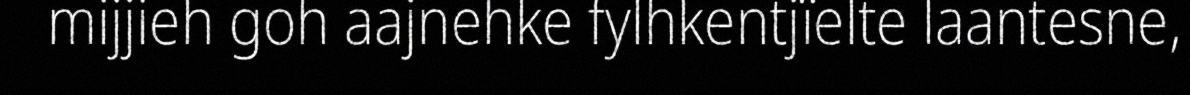
mijjieh goh aajnehke fylhkentjïelte laantesne,